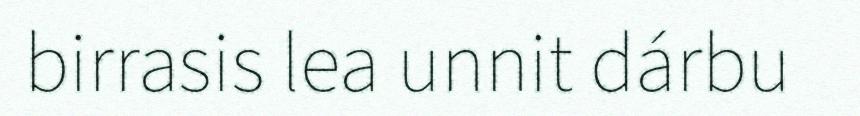
birrasis lea unnit dárbu